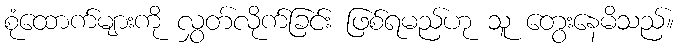
စုံထောက်များကို လွှတ်လိုက်ခြင်း ဖြစ်ရမည်ဟု သူ တွေးနေမိသည်။